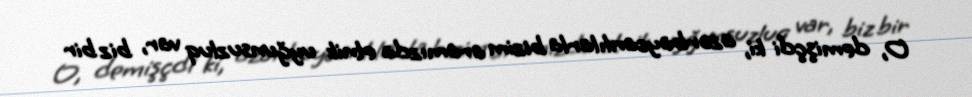
O, demişçdi ki, azərbaycanlılarla bizim aramızda etnik uyğunsuzluq var, biz bir